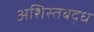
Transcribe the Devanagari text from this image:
अशिस्तबद्ध